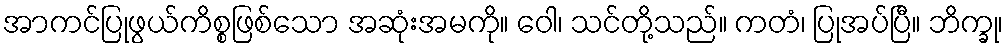
အာကင်ပြုဖွယ်ကိစ္စဖြစ်သော အဆုံးအမကို။ ဝေါ၊ သင်တို့သည်။ ကတံ၊ ပြုအပ်ပြီ။ ဘိက္ခု၊